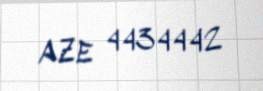
AZE 4434442